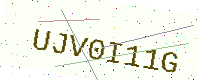
Text: UJV0I11G